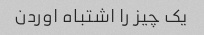
یک چیز را اشتباه اوردن